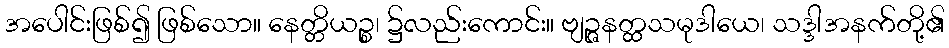
အပေါင်းဖြစ်၍ ဖြစ်သော။ နေတ္တိယဉ္စ၊ ၌လည်းကောင်း။ ဗျဉ္ဇနတ္ထသမုဒါယေ၊ သဒ္ဒါအနက်တို့၏